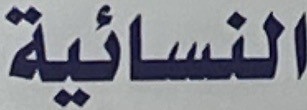
النسائیة